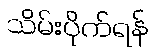
သိမ်းပိုက်ရန်